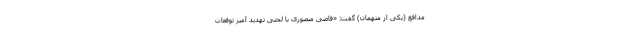
مدافع (یکی از متهمان) گفت: «قاضی منصوری با لحنی تهدید آمیز توقعات